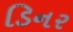
ડિનર